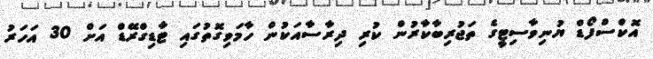
އޮކްސްފޯޑް ޔުނިވާސިޓީގެ ތަޖުރިބާކާރުން ކުރި ދިރާސާއަކުން ހާމަވިގޮތުގައި ޓާޑިގްރޭޑް އަށް 30 އަހަރު